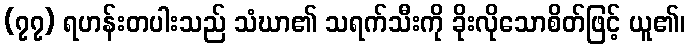
(၇၇) ရဟန်းတပါးသည် သံဃာ၏ သရက်သီးကို ခိုးလိုသောစိတ်ဖြင့် ယူ၏၊